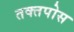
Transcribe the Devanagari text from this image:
तक्तपोस